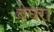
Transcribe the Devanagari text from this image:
बेघर।